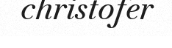
christofer